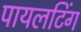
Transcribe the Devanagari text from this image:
पायलटिंग